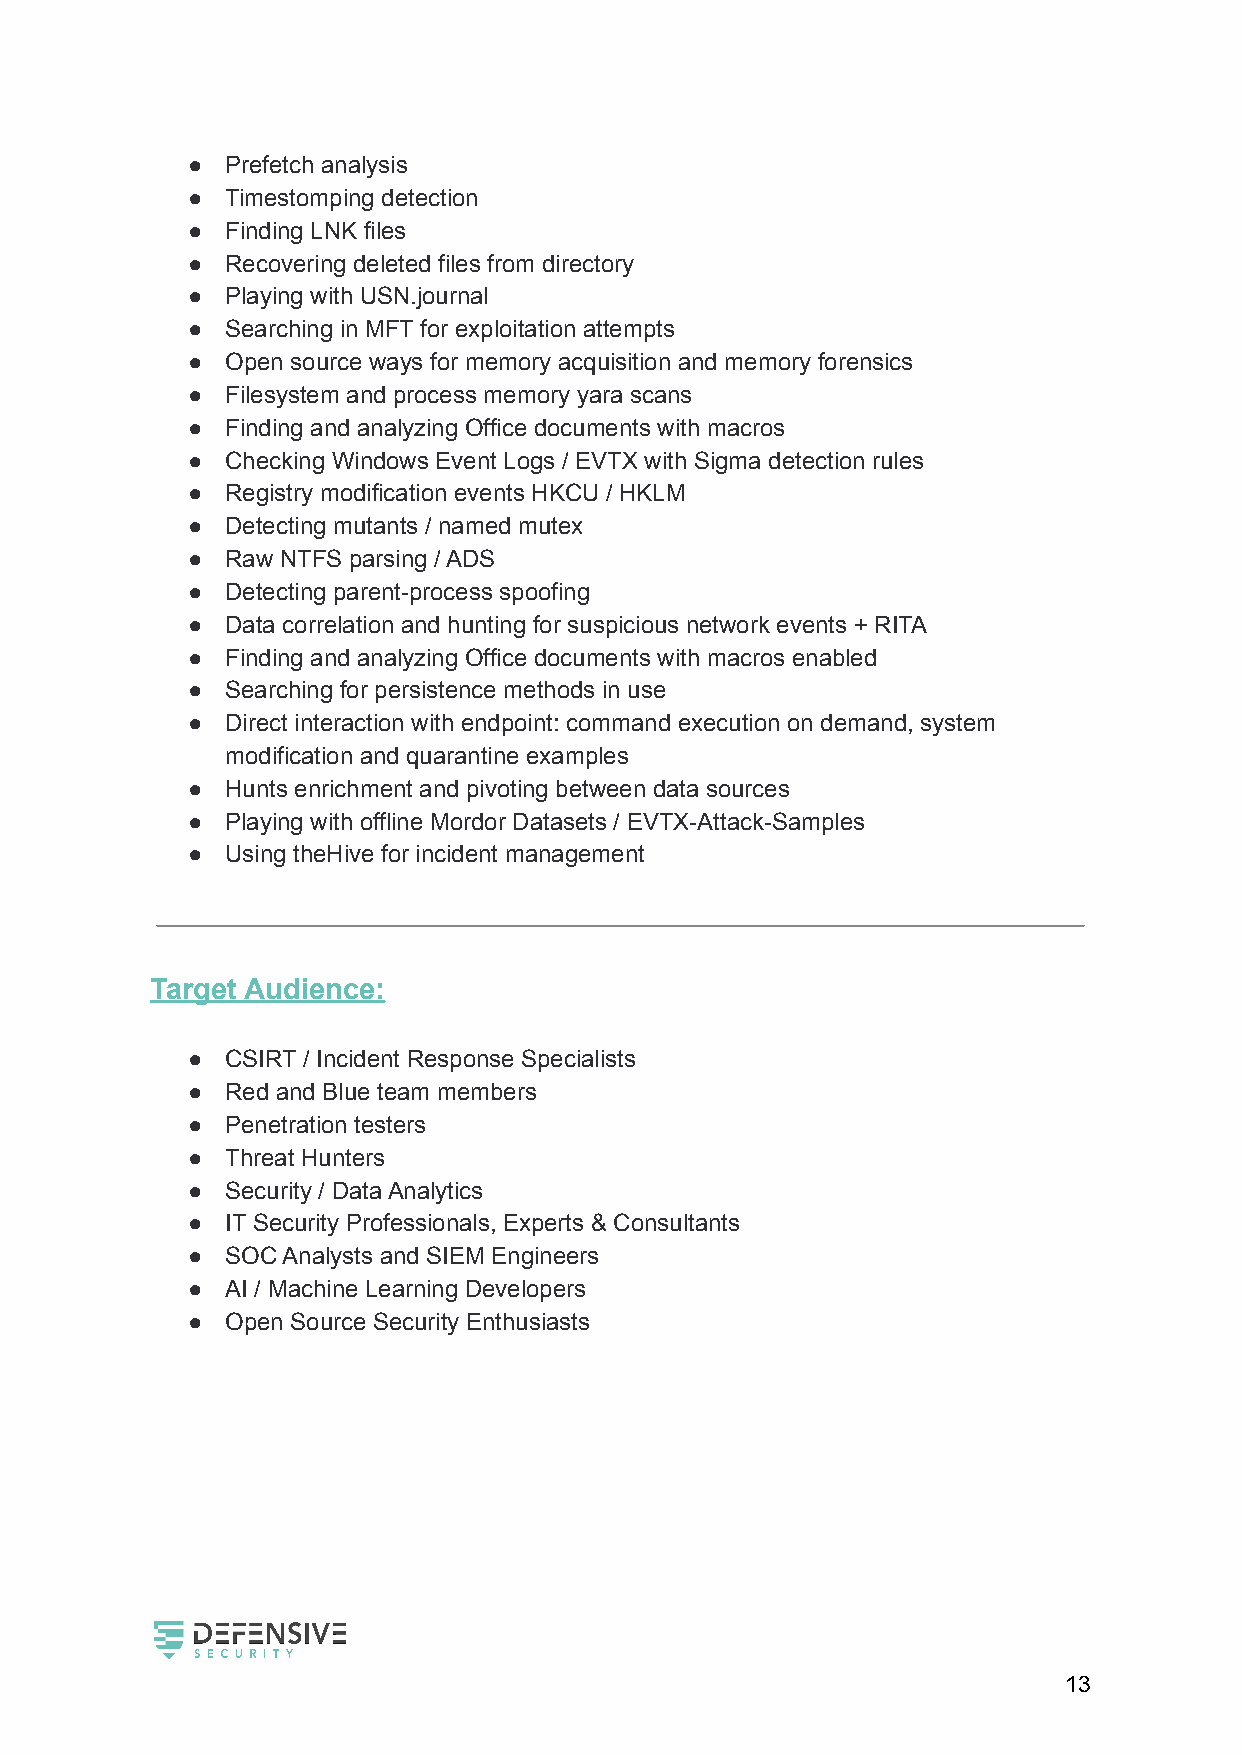
●  Prefetch analysis
 ●  Timestomping detection
 ●  Finding LNK files
 ●  Recovering deleted files from directory
 ●  Playing with USN.journal
 ●  Searching in MFT for exploitation attempts
 ●  Open source ways for memory acquisition and memory forensics
 ●  Filesystem and process memory yara scans
 ●  Finding and analyzing Office documents with macros
 ●  Checking Windows Event Logs / EVTX with Sigma detection rules
 ●  Registry modification events HKCU / HKLM
 ●  Detecting mutants / named mutex
 ●  Raw NTFS parsing / ADS
 ●  Detecting parent-process spoofing
 ●  Data correlation and hunting for suspicious network events + RITA
 ●  Finding and analyzing Office documents with macros enabled
 ●  Searching for persistence methods in use
 ●  Direct interaction with endpoint: command execution on demand, system
 modification and quarantine examples
 ●  Hunts enrichment and pivoting between data sources
 ●  Playing with offline Mordor Datasets / EVTX-Attack-Samples
 ●  Using theHive for incident management
 Target Audience:
 ●  CSIRT / Incident Response Specialists
 ●  Red and Blue team members
 ●  Penetration testers
 ●  Threat Hunters
 ●  Security / Data Analytics
 ●  IT Security Professionals, Experts & Consultants
 ●  SOC Analysts and SIEM Engineers
 ●  AI / Machine Learning Developers
 ●  Open Source Security Enthusiasts
 13